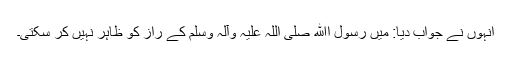
انہوں نے جواب دیا: میں رسول اﷲ صلی اللہ علیہ وآلہ وسلم کے راز کو ظاہر نہیں کر سکتی۔